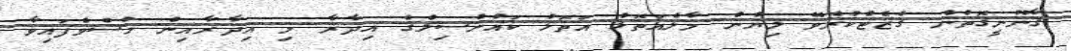
ޤާނޫނީގޮތުން ގެޒެޓްކުރެވޭ ލިޔުން މާލެއަތޮޅު އަތޮޅު ކައުންސިލްގެ އިދާރާ މި އިދާރާއިން ހުސްވެފައިވާ